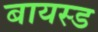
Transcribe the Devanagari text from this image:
बायस्ड